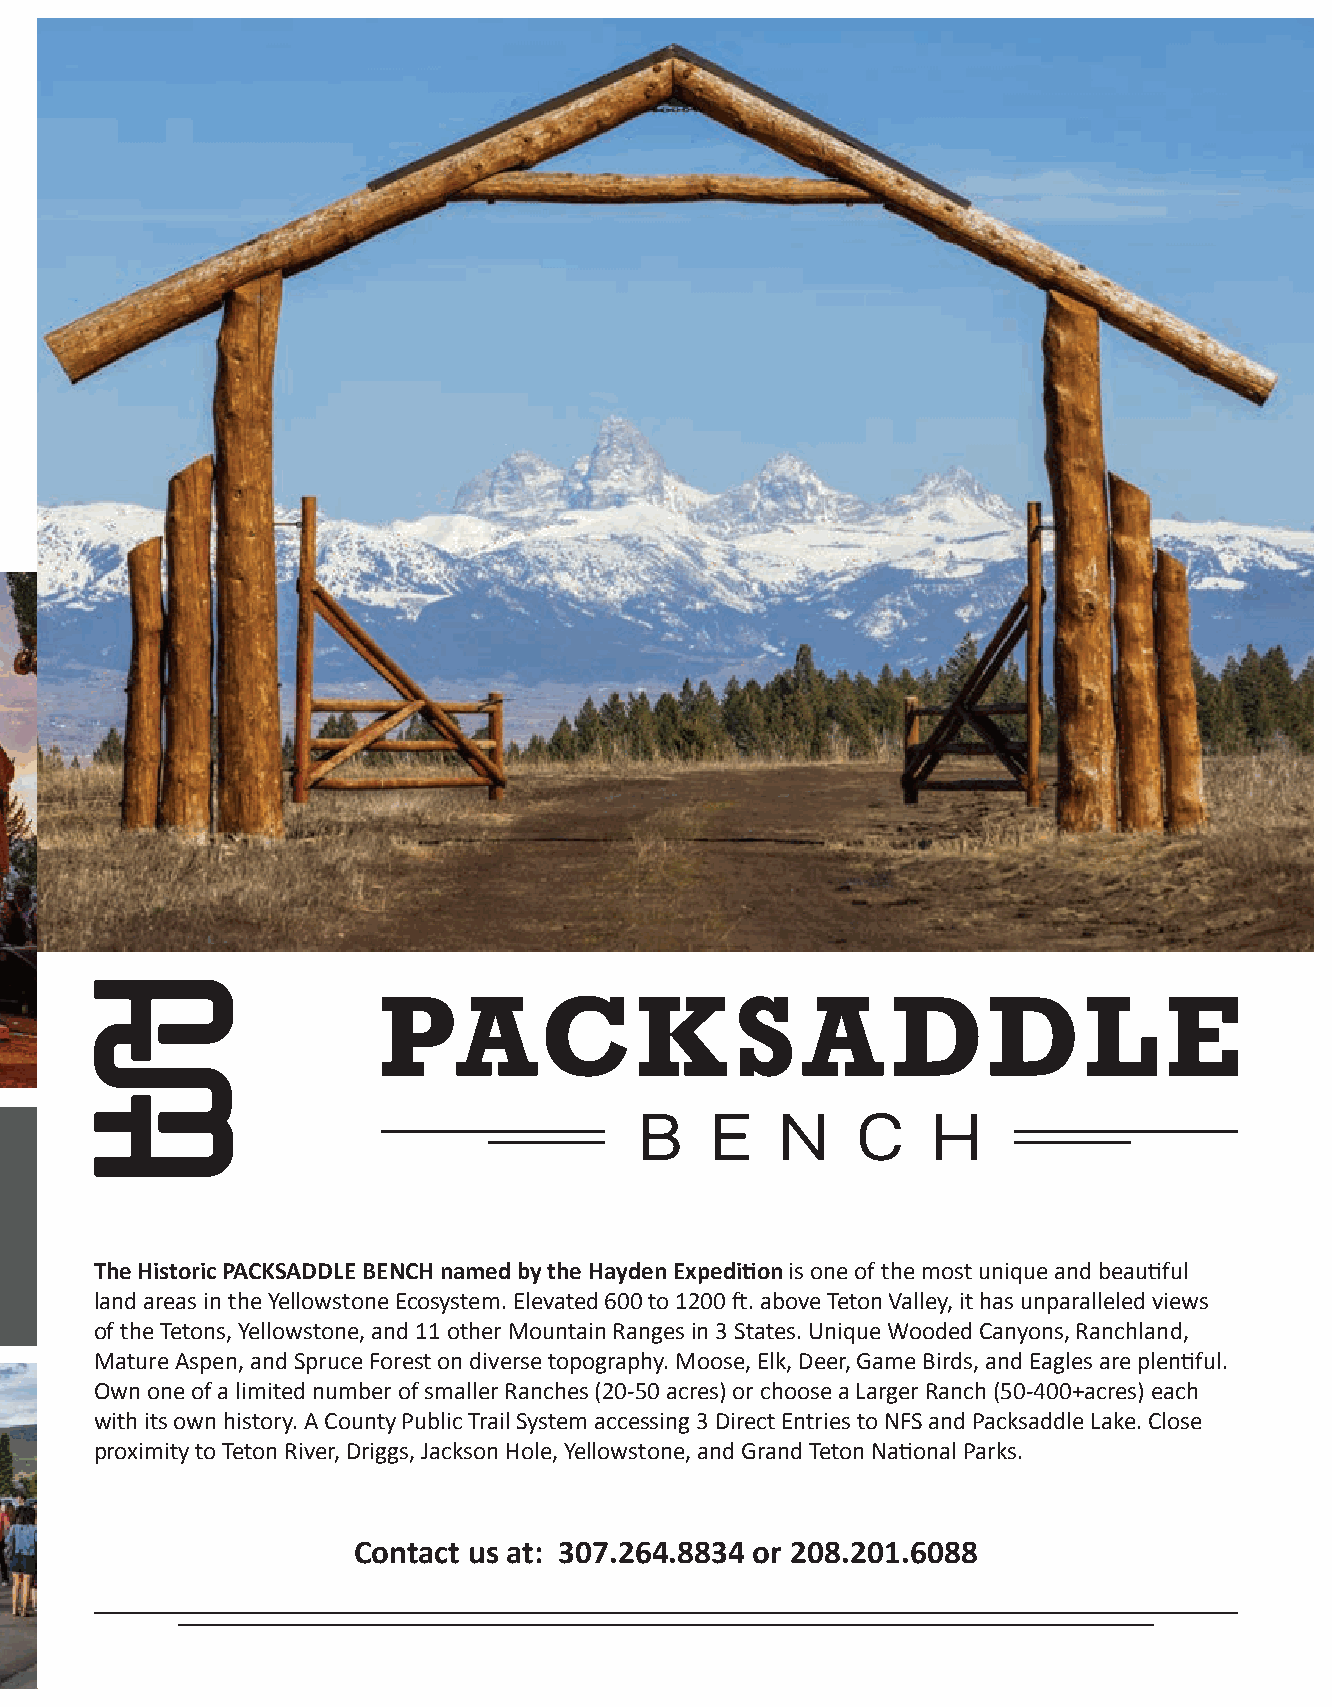
Richard & Claire
 GENEROUSLY PRESENT
 STAY IN TETON
 VALLEY FOR FREE
 MUSIC & FUN!
 thursdays
 Victor City Park
 Visit tetonvalleyfoundation.org for 2021 dates!
 The Historic PACKSADDLE BENCH named by the Hayden Expedition is one of the most unique and beautiful
 land areas in the Yellowstone Ecosystem. Elevated 600 to 1200 ft. above Teton Valley, it has unparalleled views
 of the Tetons, Yellowstone, and 11 other Mountain Ranges in 3 States. Unique Wooded Canyons, Ranchland,
 Mature Aspen, and Spruce Forest on diverse topography. Moose, Elk, Deer, Game Birds, and Eagles are plentiful.
 Own one of a limited number of smaller Ranches (20-50 acres) or choose a Larger Ranch (50-400+acres) each
 with its own history. A County Public Trail System accessing 3 Direct Entries to NFS and Packsaddle Lake. Close
 proximity to Teton River, Driggs, Jackson Hole, Yellowstone, and Grand Teton National Parks.
 tetonvalleyfoundation.org
 Contact us at: 307.264.8834 or 208.201.6088
 SUMMER 2021 magazine 85